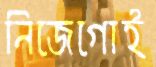
নিজেগোই